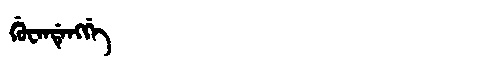
Manchu: ᡤᡠᠸᡝᠨᡩᡝᠩᡤᡝ
Romanization: GUWENDENGGE